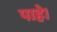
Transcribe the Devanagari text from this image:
पाहे।